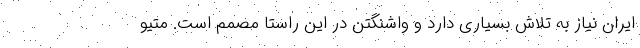
ایران نیاز به تلاش بسیاری دارد و واشنگتن در این راستا مصمم است. متیو